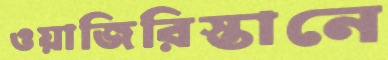
ওয়াজিরিস্তানে